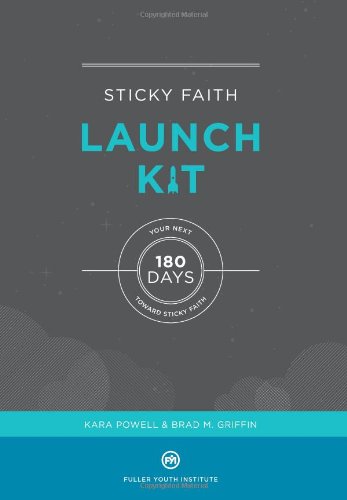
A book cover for Sticky Faith Launch Kit: Your Next 180 Days Toward Sticky Faith; Kara Powell; Christian Books & Bibles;